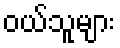
ဝယ်သူများ